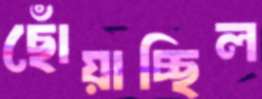
ছোঁয়াচ্ছিল